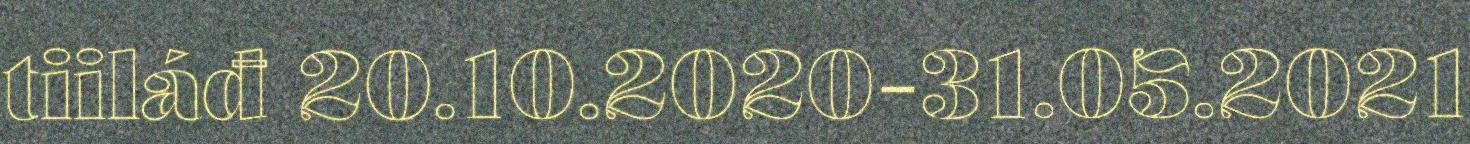
tiiláđ 20.10.2020-31.05.2021